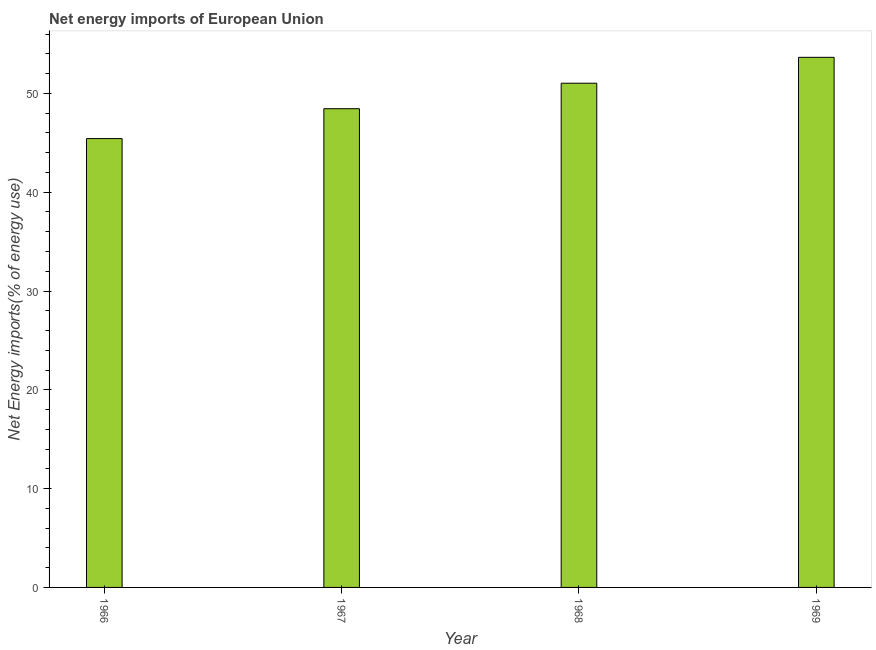
| Year | Energy imports |
 | --- | --- |
 | 1966 | 45.4 |
 | 1967 | 48.5 |
 | 1968 | 51 |
 | 1969 | 53.7 |